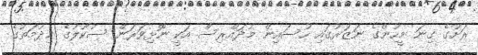
ރަށުގެ ގިނަ މީހުންގެ ނަޒަރުގައި ހުސައިން މުދައްރިސް އަކީ ނޮޅިވަރަން ސުކޫލުގެ ޚިދުމަތުގެ